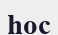
һос